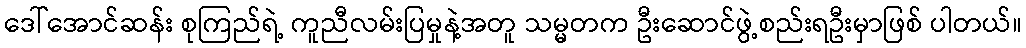
ဒေါ်အောင်ဆန်း စုကြည်ရဲ့ ကူညီလမ်းပြမှုနဲ့အတူ သမ္မတက ဦးဆောင်ဖွဲ့စည်းရဦးမှာဖြစ် ပါတယ်။